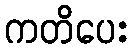
ကတိပေး